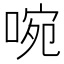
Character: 啘